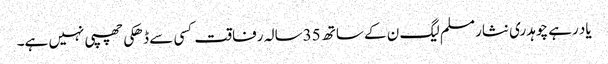
یاد رہے چوہدری نثار مسلم لیگ ن کے ساتھ 35سالہ رفاقت کسی سے ڈھکی چھپی نہیں ہے۔